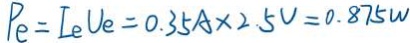
P _ { e } = I _ { e } V e = 0 . 3 5 A \times 2 . 5 V = 0 . 8 7 5 W